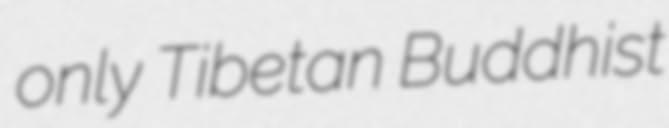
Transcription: only Tibetan Buddhist